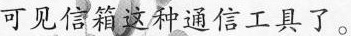
可见信箱这种通信工具了。